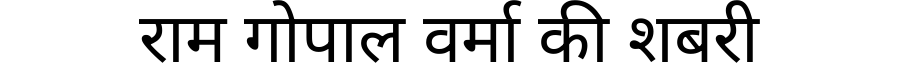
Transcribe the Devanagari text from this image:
राम गोपाल वर्मा की शबरी